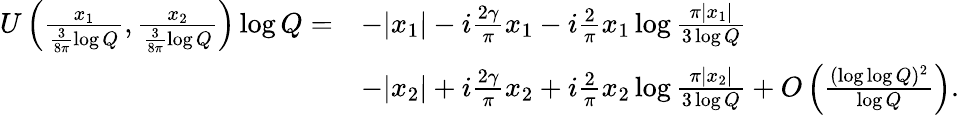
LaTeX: \begin{array}{rl}{U\left(\frac{x_{1}}{\frac{3}{8\pi}\log Q},\frac{x_{2}}{\frac{3}{8\pi}\log Q}\right)\log Q=}&{-|x_{1}|-i\frac{2\gamma}{\pi}x_{1}-i\frac{2}{\pi}x_{1}\log\frac{\pi|x_{1}|}{3\log Q}}\\ &{-|x_{2}|+i\frac{2\gamma}{\pi}x_{2}+i\frac{2}{\pi}x_{2}\log\frac{\pi|x_{2}|}{3\log Q}+O\left(\frac{(\log\log Q)^{2}}{\log Q}\right).}\end{array}